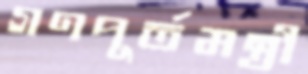
গণপূর্তমন্ত্রী